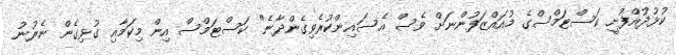
ކުޅުދުއްފުށީ ކަސްޓަމްސްގެ މުއައްޒަފުންނަށް ވެސް އެސައިންކުރެވިގެންދާނެ" ކަސްޓަމްސް އިން މިކަމާއި ގުޅިގެން ނެރުނު